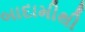
બાદામીથી